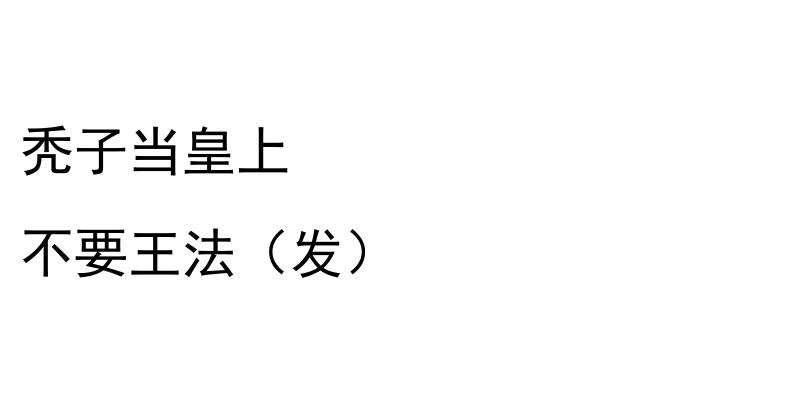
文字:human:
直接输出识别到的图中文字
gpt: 秃子当皇上 不要王法（发）